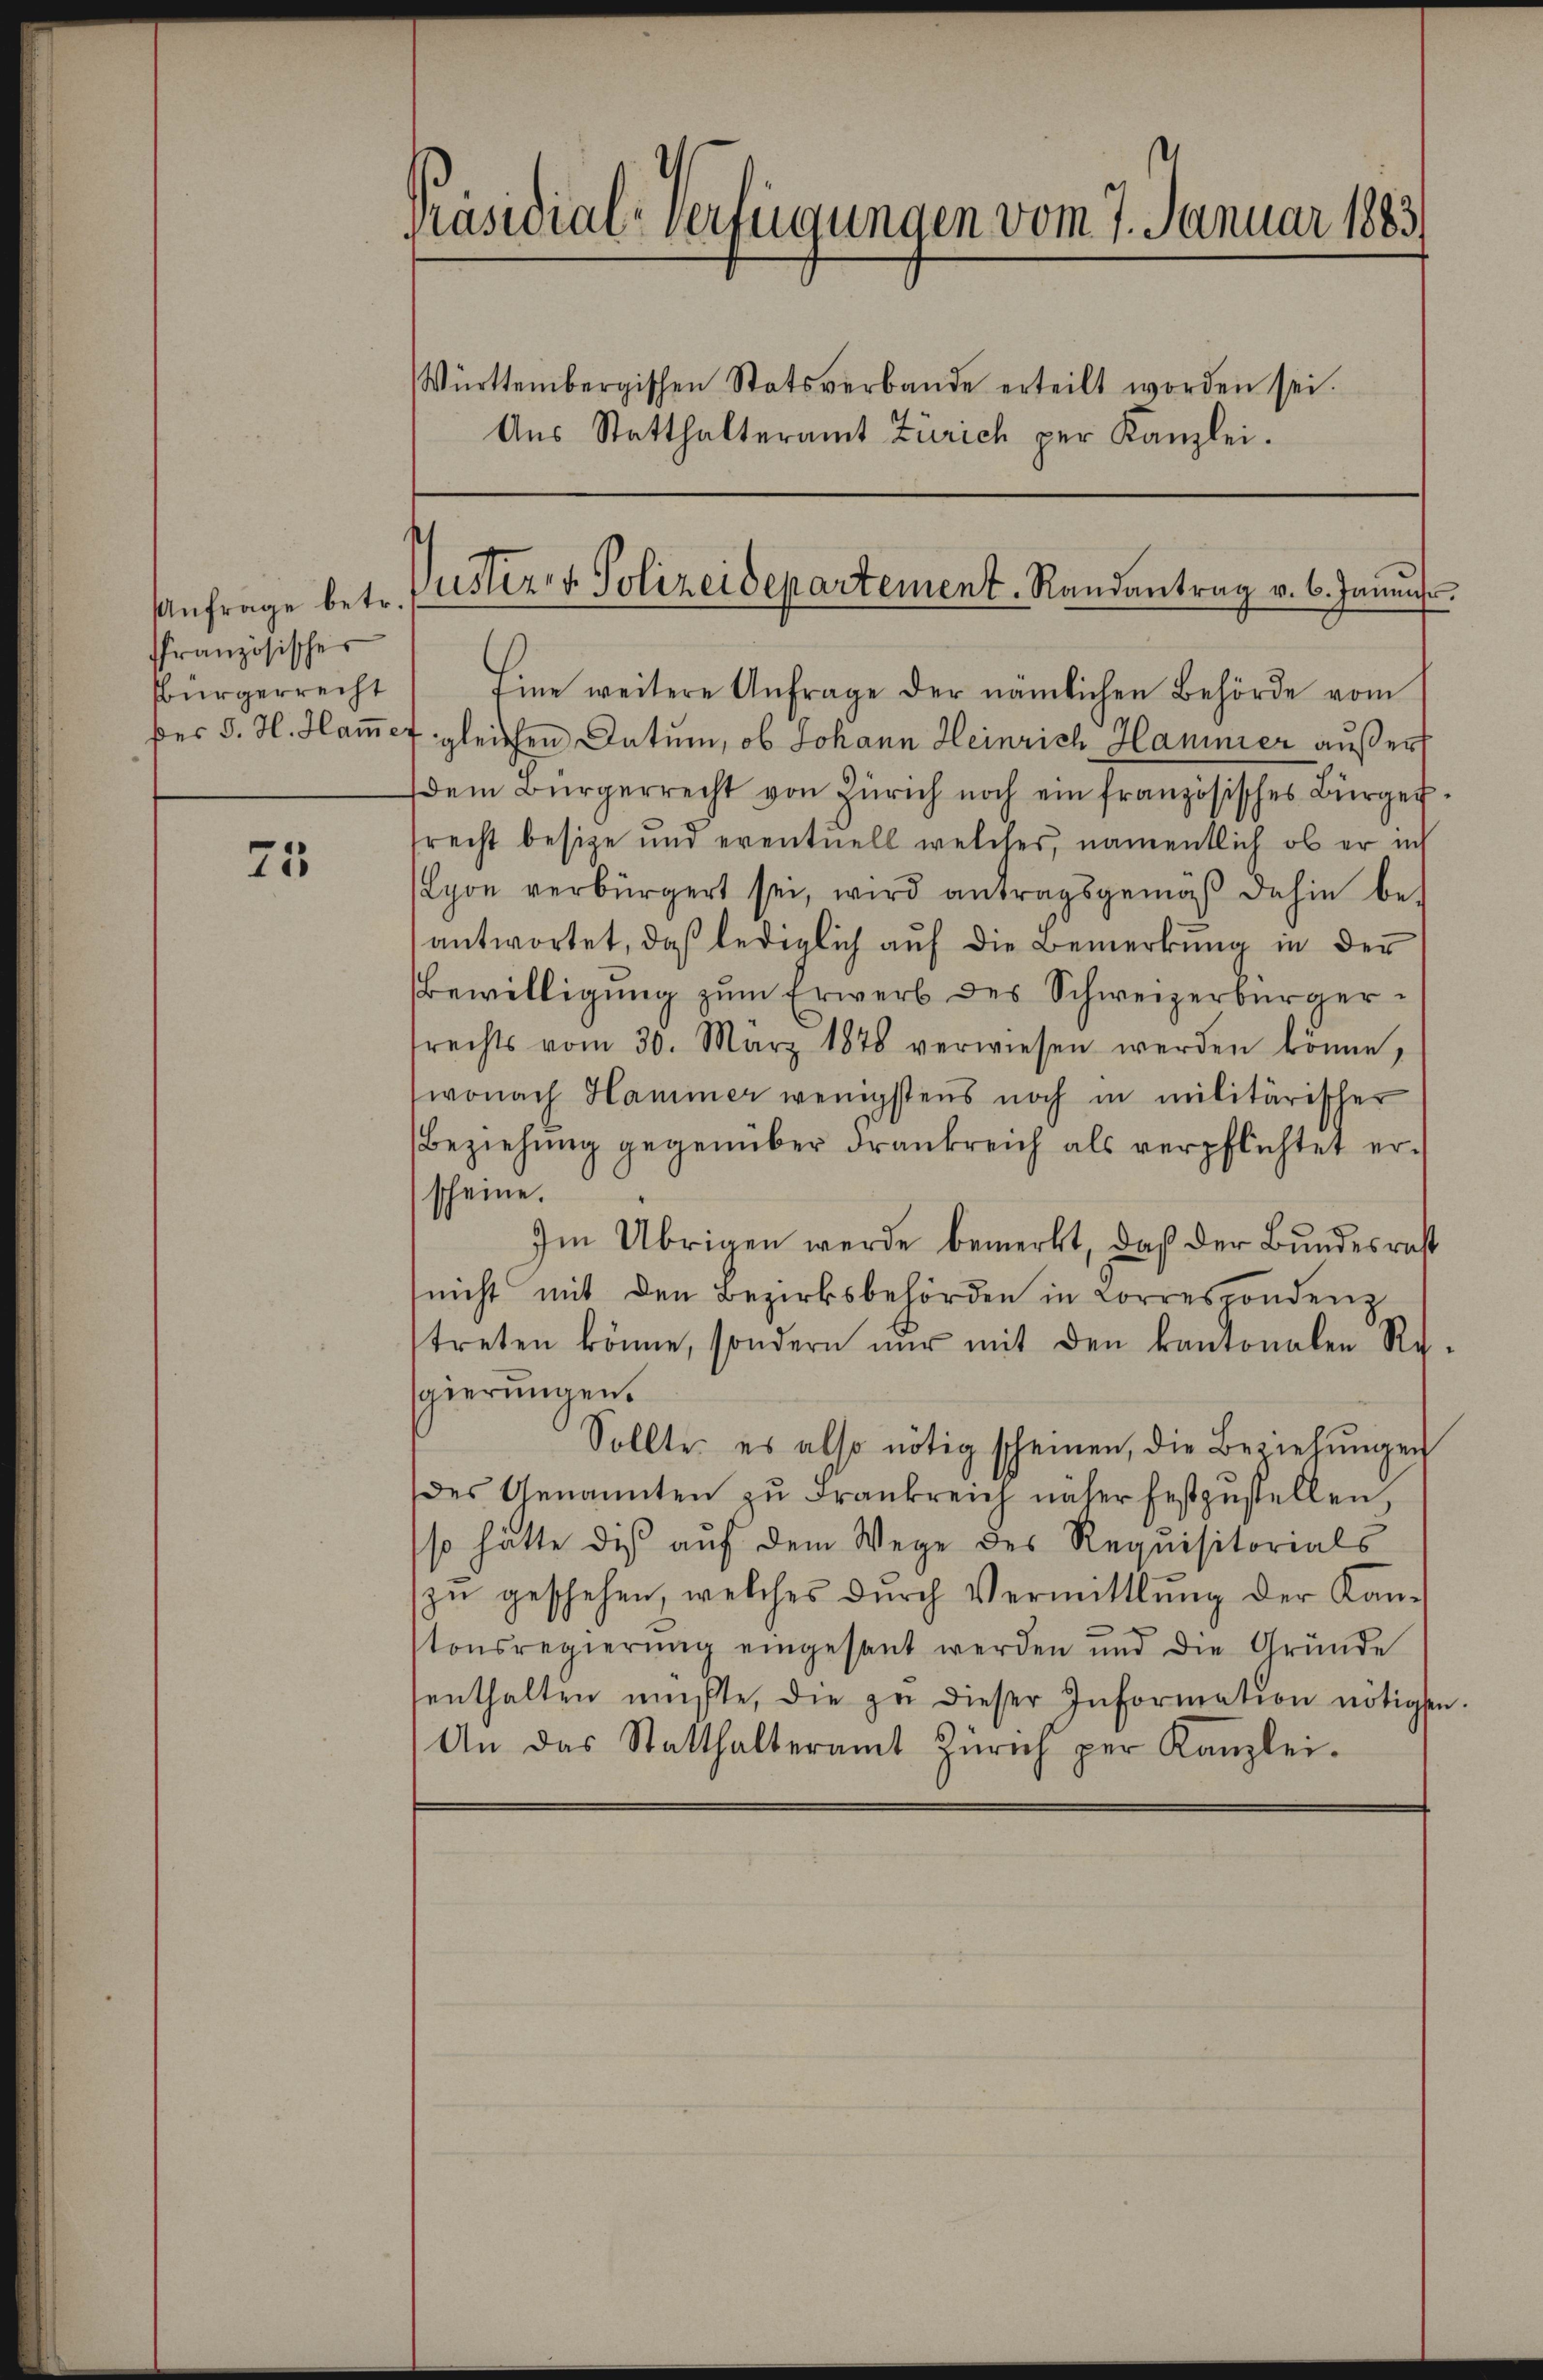
Anfrage betr.
ffranzösischer
Bürgerrecht
des J. H. Hammer

75

Präsidial-Verfügungen vom 7. Januar 1883.
Württembergischen Statsverbande erteilt worden sei.
Aŭs Statthalteramt Zürich per Kanzlei.

uster- & Polizeidepartement. Randantrag v. 6. Janŭŭs.

Eine weitere Anfrage der nämlichen Behörde vom
gleichen Datum, ob Johann Heinrich Hammer außer
dem Bürgerrecht von Zürich noch ein französisches Bürgerrecht besitze und eventuell welches, namentlich ob er ich
Lyon verbürgert sei, wird antragsgemäβ dahin be-
antwortet, das lediglich auf die Bemerkung in der
Bewilligung zŭm Erwerb des Schweizerbürgersrechts vom 30. März 1878 verwiesen werden könne,
wonach Hammer wenigstens noch in militärischer
Beziehŭng gegenüber Frankreich als verpflichtet er-
scheine.
Im Übrigen werde bemerkt, daß der Bundesrest
nicht mit den Bezirksbehörden in Lorrespondenz
treten könne, sondern nŭr mit den kantonalen Re-
gierungen.
Sollte es also nötig scheinen, die Beziehŭngen
des Genannten zŭ Frankreich näher festzŭstellen,
so hätte dis auf dem Wege des Requisitorials
zŭ geschehen, welches dŭrch Vermittlung der Kan-
tonsregierŭng eingesant werden und die Gründe
enthalten müßte, die zŭ dieser Information nötigen.
An das Statthalteramt Zürich per Kanzlei-